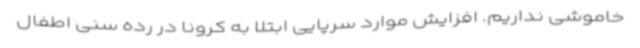
خاموشی نداریم. افزایش موارد سرپایی ابتلا به کرونا در رده سنی اطفال